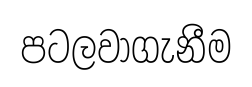
පටලවාගැනීම